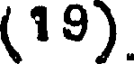
(19).